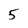
Character: 5